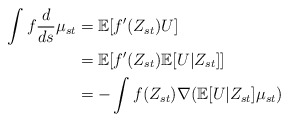
\begin{align*}\int f\frac{d}{ds}\mu_{st}&=\mathbb{E}[f'(Z_{st})U]\\&=\mathbb{E}[f'(Z_{st})\mathbb{E}[U|Z_{st}]]\\&=-\int f(Z_{st})\nabla(\mathbb{E}[U|Z_{st}]\mu_{st})\end{align*}